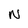
Character: N